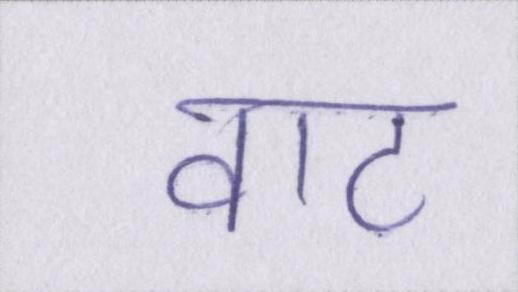
वाट